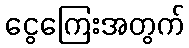
ငွေကြေးအတွက်